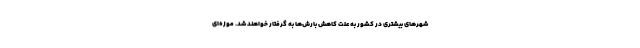
شهرهای بیشتری در کشور به علت کاهش بارش‌ها به گرفتار خواهند شد. موزه‌ای